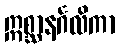
ဣစ္ဆာနင်္ဂလိကာ